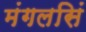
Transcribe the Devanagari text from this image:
मंगलसिं